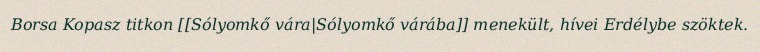
Borsa Kopasz titkon [[Sólyomkő vára|Sólyomkő várába]] menekült, hívei Erdélybe szöktek.